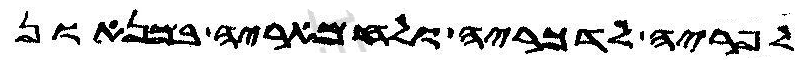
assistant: לפריה לדכריה ולחמאריה במנאון